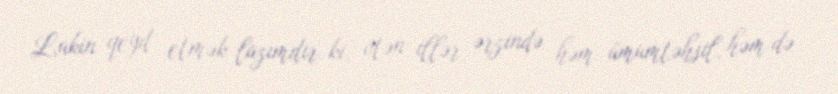
Lakin qeyd etmək lazımdır ki, ötən illər ərzində həm ümumtəhsil, həm də